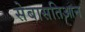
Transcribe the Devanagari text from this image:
सेबासतिआन